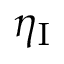
\eta _ { \mathrm { I } }